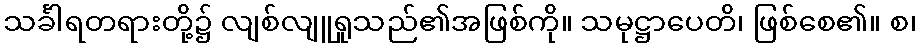
သင်္ခါရတရားတို့၌ လျစ်လျူရှုသည်၏အဖြစ်ကို။ သမုဋ္ဌာပေတိ၊ ဖြစ်စေ၏။ စ၊